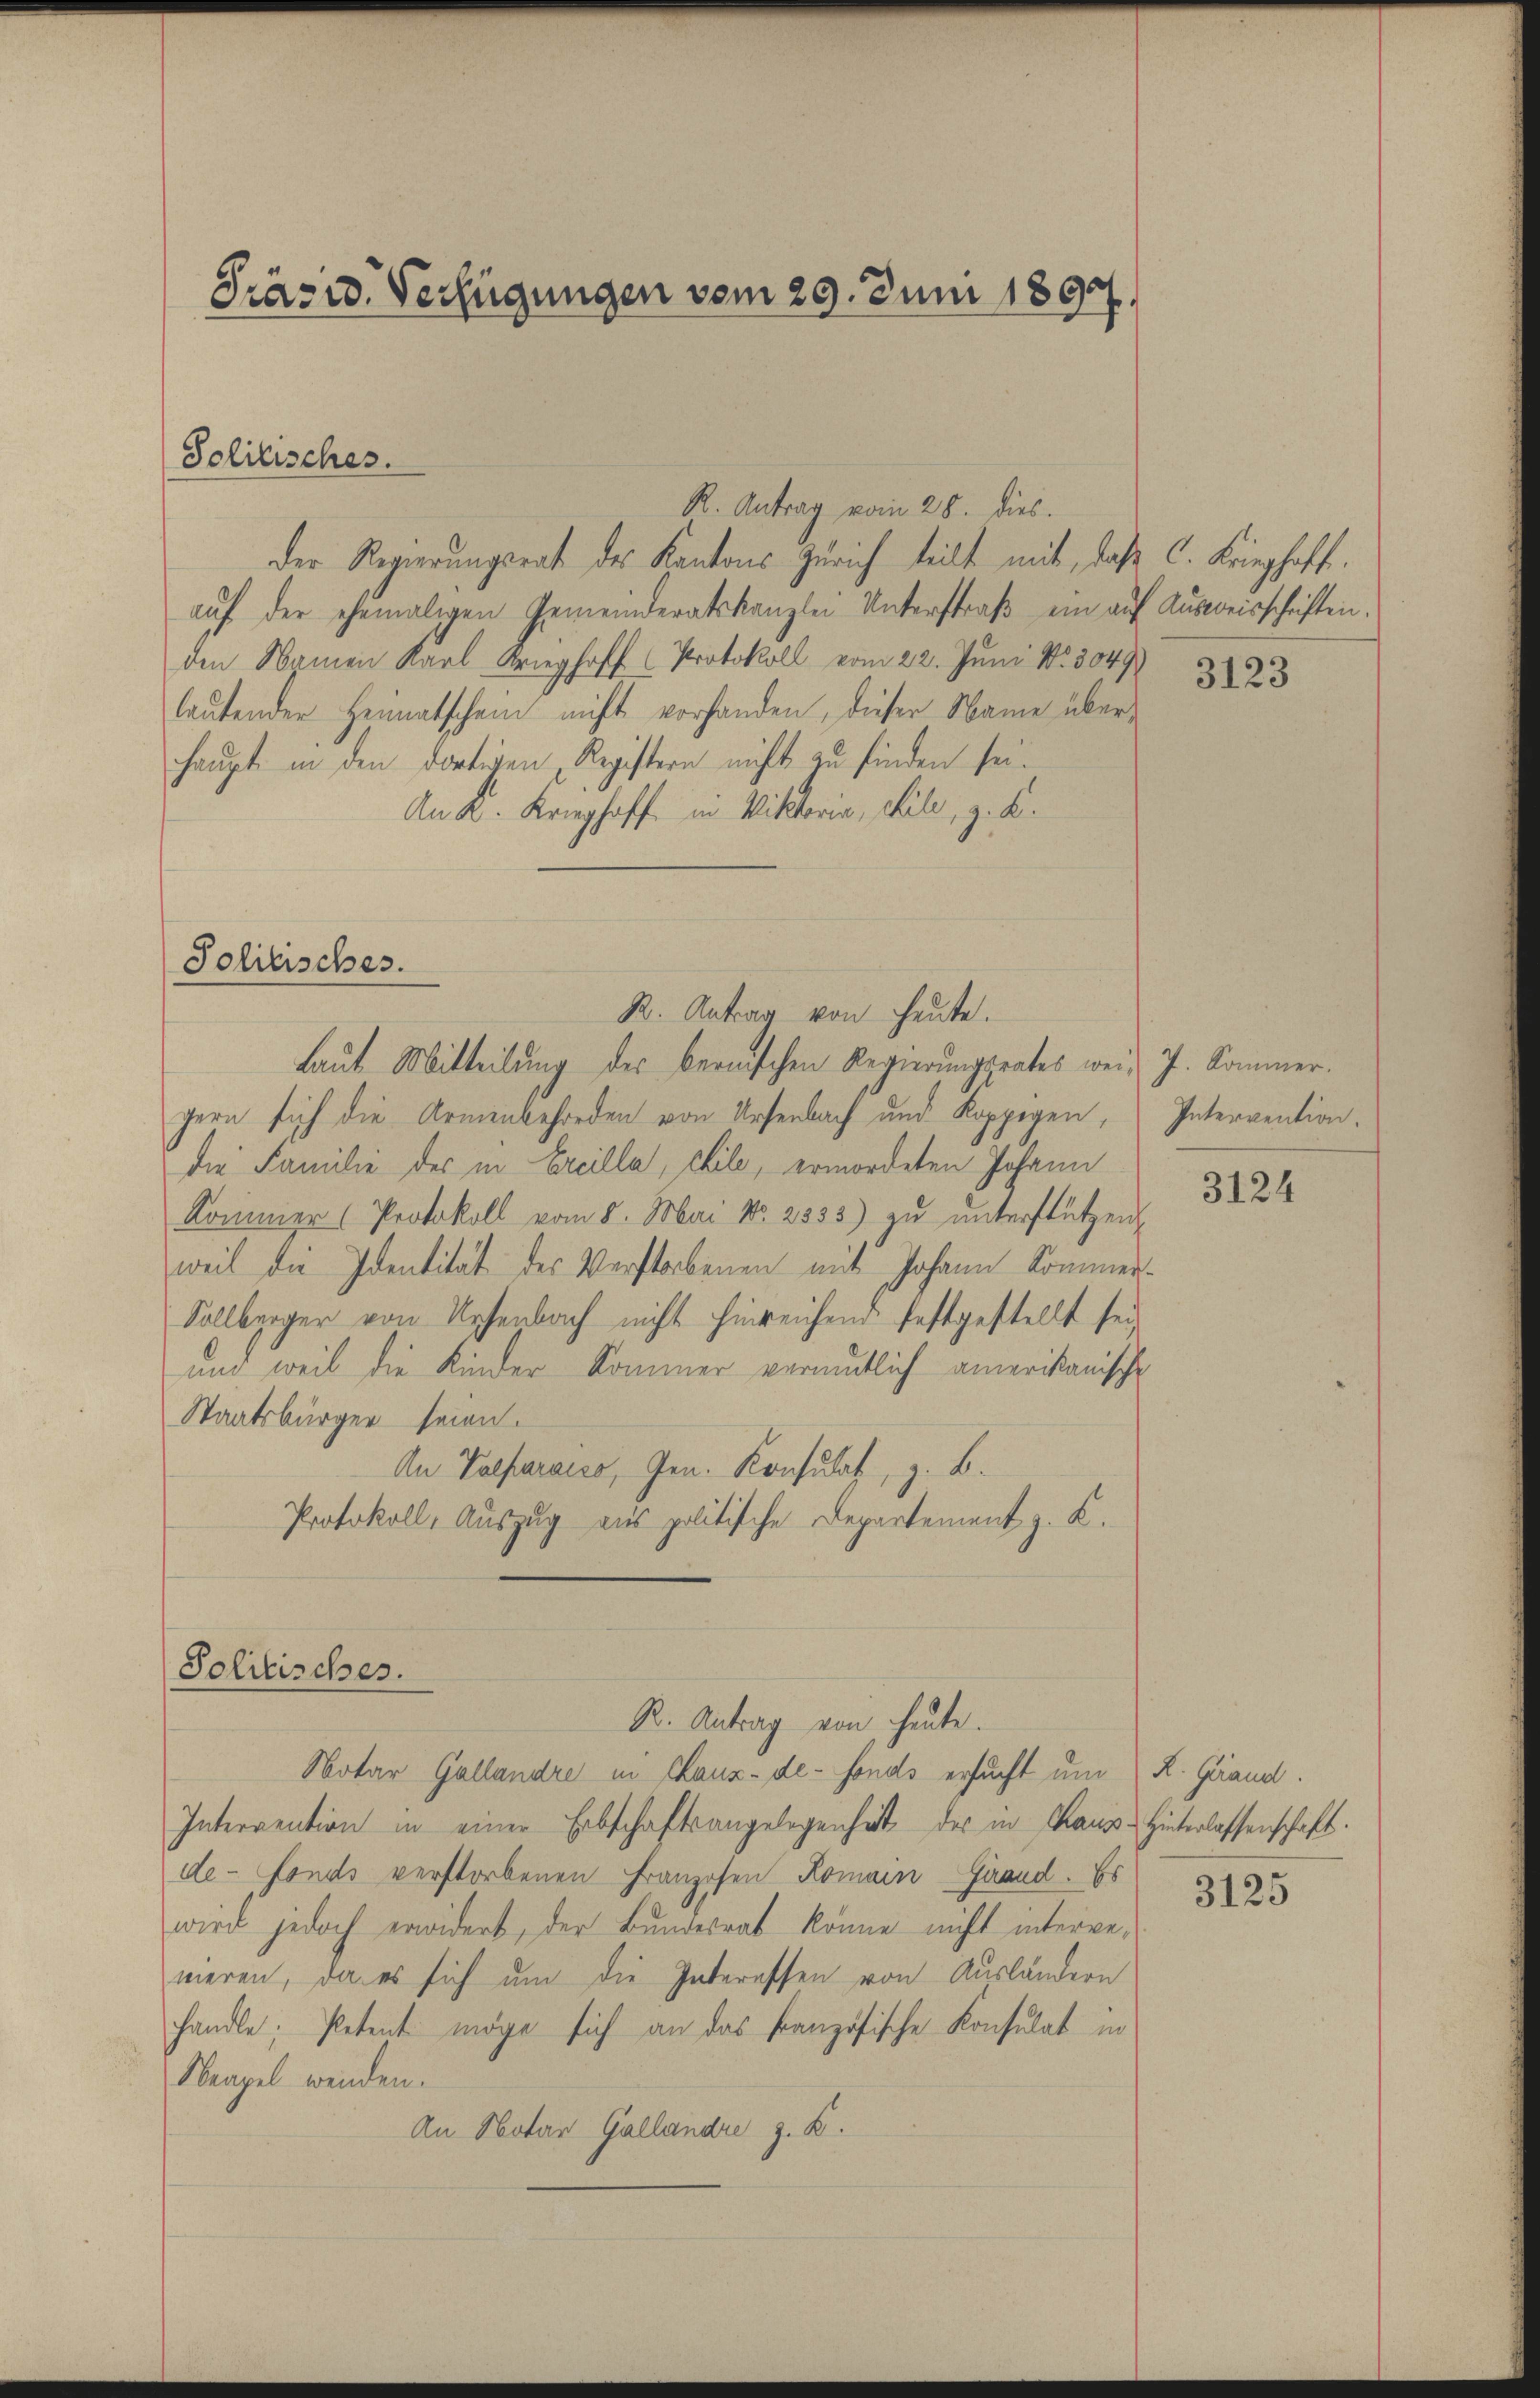
Präsid. Verfügungen vom 29. Juni 1897.

R. Antrag vom 28. dies
Der Regierungsrat des Kantons Zürich teilt mit, daß C. Krieghoff
aŭf der ehemaligen Gemeinderatskanzlei Unterstraβ ein auf Ausweisschriften.
den Namen Karl Krieghoff (Protokoll vom 22. Juni N. 3049)
lautenden Heimatschein nicht vorhanden, dieser Name überhaupt in den dortigen Registern nicht zu finden sei.
An K. Krieghoff in Viktoria, Kile, z. B.
R. Antrag von heute.
gern sich die Armenbehörden von Ursenbach und Koppigen, Intervention.
die Familie der in Ercilla, chile, ermordeten Johann
Kommer (Protokoll vom 8. Mai No. 2333) zŭ ŭnterstützen
weil die Identität des Verstorbenen mit Johann Kommer.
Sallberger von Uesenbach nicht hinreichend festgestellt sei
und weil die Kinder Kommer vermutlich amerikanische
Staatsbürger seien.
An Palfarais, Gen. Konsulat, z. B.
Protokoll, Auszug aus politische Departement z. B.
Solitisches.
R. Antrag von heute.
Notar Gallandre in Chaux-de-Fonds ersucht um
Intervention in einer Erbschaftsangelegenheit der in Haus- Hinterlassenschaft.
de-Fonds verstorbenen Franzosen Romain Grand. Es
wird jedoch erwidert, der Bundesrat könne nicht interweweren, da es sich um die Interessen von Ausländern
handle, Petent möge sich an das Französische Konsulat in
Neapel wenden.
An Notar Gallandre z. B.

Solitisches.

Politisches.

Laut Mitteilung des bernischen Regierungsrates weit J. Kommer.

3123

3124

K. Grand.

3125